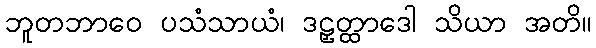
ဘူတဘာဝေ ပသံသာယံ၊ ဒဠှတ္ထာဒေါ သိယာ အတိ။